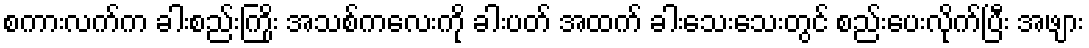
စကားလက်က ခါးစည်းကြိုး အသစ်ကလေးကို ခါးပတ် အထက် ခါးသေးသေးတွင် စည်းပေးလိုက်ပြီး အဖျား